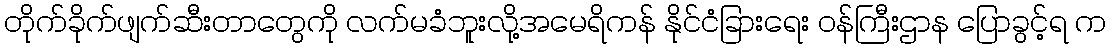
တိုက်ခိုက်ဖျက်ဆီးတာတွေကို လက်မခံဘူးလို့အမေရိကန် နိုင်ငံခြားရေး ဝန်ကြီးဌာန ပြောခွင့်ရ က